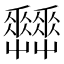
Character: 𡴬